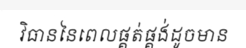
វិធាននៃពេលផ្គត់ផ្គង់ដូចមាន